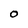
Character: O